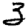
Digit: 3